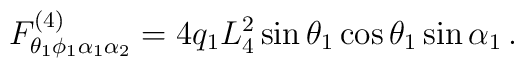
F^{(4)}_{\theta_1 \phi_1 \alpha_1 \alpha_2}=4{q}_1L_4^2\sin\theta_1 \cos\theta_1 \sin\alpha_1 \, .